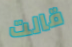
قالت